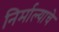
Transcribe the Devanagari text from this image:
निर्माल्याचे